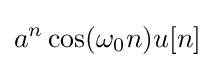
a^{n}\cos(\omega _{0}n)u[n]